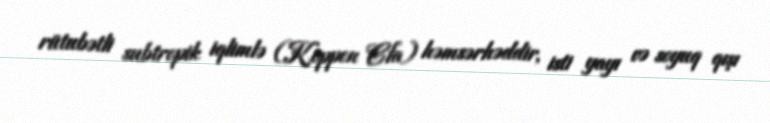
rütubətli subtropik iqlimlə (Koppen Cfa) həmsərhəddir, isti yayı və soyuq qışı